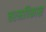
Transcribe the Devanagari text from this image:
चरमविकास